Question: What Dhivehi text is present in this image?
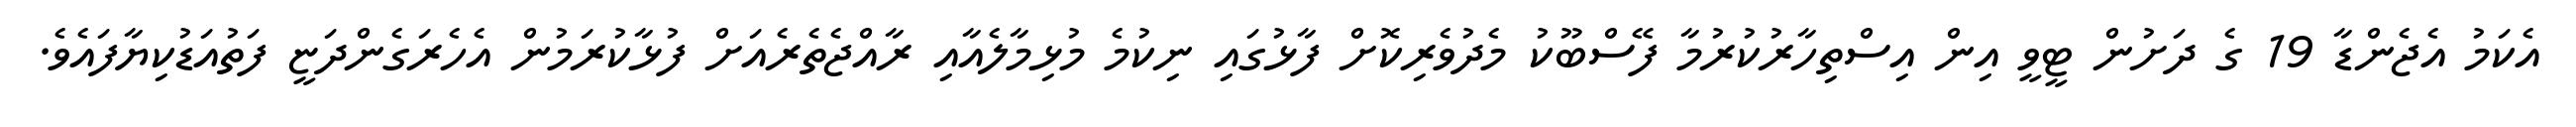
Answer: އެކަމު އެޖެންޑާ 19 ގެ ދަށުން ޓީވީ އިން އިސްތިހާރުކުރުމާ ފޭސްބޫކު މެދުވެރިކޮށް ފާޅުގައި ނިކުމެ މުޅިމާލެއާއި ރާއްޖެތެރެއަށް ފުޅާކުރަމުން އެހެރަގެންދަޏީ ފަތުއަޑުކިޔާފައެވެ.